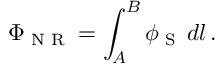
\Phi _ { \textup { N R } } = \int _ { A } ^ { B } \phi _ { \textup { S } } \, d l \, .